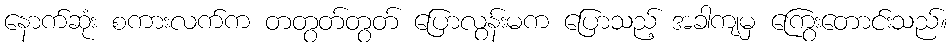
နောက်ဆုံး စကားလက်က တတွတ်တွတ် ပြောလွန်းမက ပြောသည့် အခါကျမှ ကြွေးတောင်းသည်။